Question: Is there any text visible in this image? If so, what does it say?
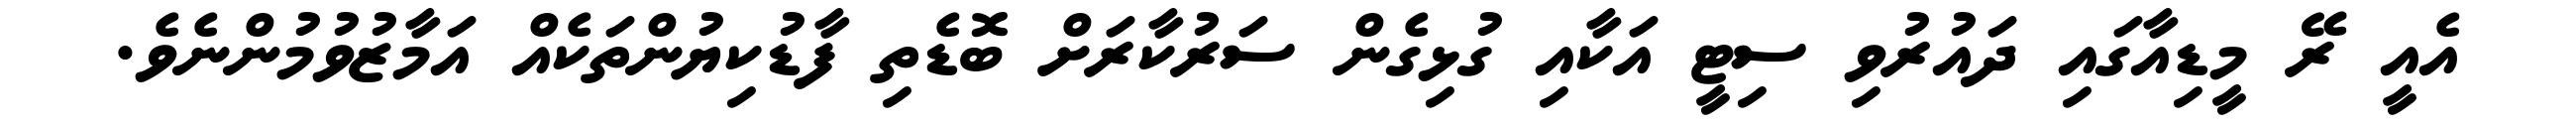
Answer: އެއީ ރޭ މީޑިއާގައި ދައުރުވި ސިޓީ އަކާއި ގުޅިގެން ސަރުކާރަށް ބޮޑެތި ފާޑުކިޔުންތަކެއް އަމާޒުވުމުންނެވެ.